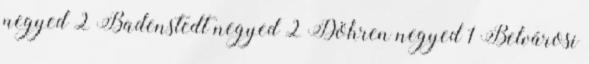
negyed 2 Badenstedt negyed 2 Döhren negyed 1 Belvárosi